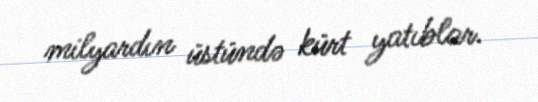
milyardın üstündə kürt yatıblar.